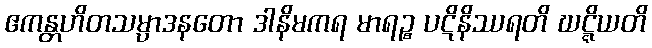
ဧကန္တဟိတသမ္ပာဒနတော ဒါနိမကရ မာရဉ္စ ပဋိနိဿရတိ ဃဋ္ဋိယတိ